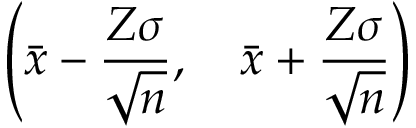
\left( { \bar { x } } - { \frac { Z \sigma } { \sqrt { n } } } , \quad { \bar { x } } + { \frac { Z \sigma } { \sqrt { n } } } \right)